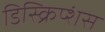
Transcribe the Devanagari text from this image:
डिस्क्रिप्शंस